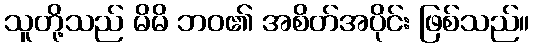
သူတို့သည် မိမိ ဘဝ၏ အစိတ်အပိုင်း ဖြစ်သည်။